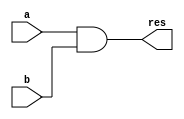
module andOp(res, a, b);
  input   [31:0] a, b;
  output  [31:0] res;

  assign res = a & b;

  endmodule